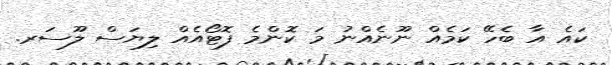
ކައެ އާ ބެހޭ ކަމެއް ނޫނެއްނު މަ ކޮންމެ ފޮޓޯއެއް ލިޔަސް ލޫސަރ.